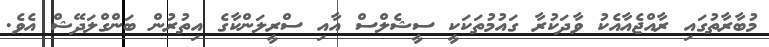
މުބާރާތުގައި ރާއްޖެއާއެކު ވާދަކުރާ ގައުމުތަކަކީ ސީޝެލްސް އާއި ސްރީލަންކާގެ އިތުރުން ބަންގްލަދޭޝް އެވެ.